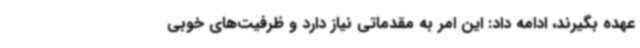
عهده بگیرند، ادامه داد: این امر به مقدماتی نیاز دارد و ظرفیت‌های خوبی